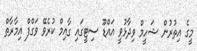
މީގެ އިތުރުން ޝަހީމް ވިދާޅުވީ އައްޑޫ ސިޓީގައި ގާއިމް ކުރެވޭ ވަގްފް އިމާރާތް